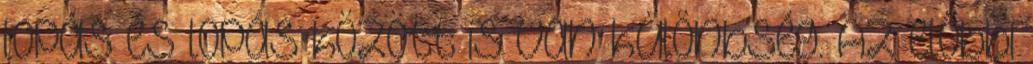
lopás és lopás között is van különbség. Az előbbi